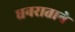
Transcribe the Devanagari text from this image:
धनराताने